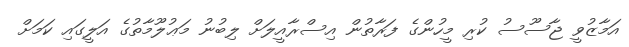
އަމާޒުވީ ޖާސޫސު ކުރި މީހުންގެ ފަރާތުން އިސްރާއީލަށް ލިބުނު މަޢުލޫމާތުގެ އަލީގައި ކަމަށް